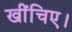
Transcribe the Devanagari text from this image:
खींचिए।